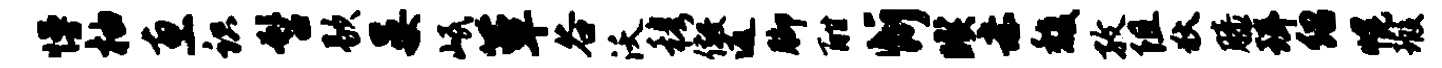
慢柚惠识髫歇晏岷簟谷沃穆儆返脚酣忻暌赤馥孜阻狄膝珥绍幌瑕